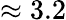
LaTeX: \approx 3.2